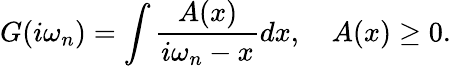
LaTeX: G(i\omega_{n})=\int\frac{A(x)}{i\omega_{n}-x}dx,\quad A(x)\geq 0.